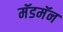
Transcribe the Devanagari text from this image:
मॅडमॅन